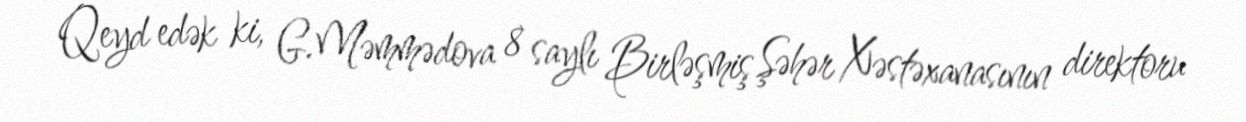
Qeyd edək ki, G.Məmmədova 8 saylı Birləşmiş Şəhər Xəstəxanasının direktoru